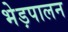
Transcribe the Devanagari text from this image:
भेड़पालन